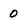
Character: 0